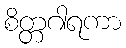
စိတ္တဂါရကာ